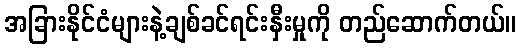
အခြားနိုင်ငံများနဲ့ချစ်ခင်ရင်းနှီးမှုကို တည်ဆောက်တယ်။